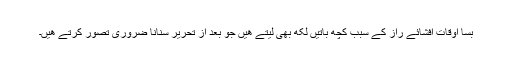
بسا اوقات افشائے راز کے سبب کچھ باتیں لکھ بھی لیتے ھیں جو بعد از تحریر سنانا ضروری تصور کرتے ھیں۔